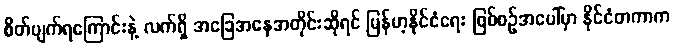
စိတ်ပျက်ရကြောင်းနဲ့ လက်ရှိ အခြေအနေအတိုင်းဆိုရင် မြန်မာ့နိုင်ငံရေး ဖြစ်စဉ်အပေါ်မှာ နိုင်ငံတကာက